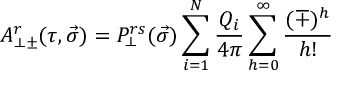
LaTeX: A _ { \perp \pm } ^ { r } ( \tau , \vec { \sigma } ) = P _ { \perp } ^ { r s } ( \vec { \sigma } ) \sum _ { i = 1 } ^ { N } \frac { Q _ { i } } { 4 \pi } \sum _ { h = 0 } ^ { \infty } \frac { ( \mp ) ^ { h } } { h ! }